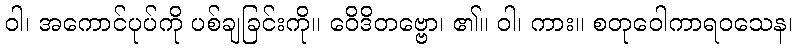
ဝါ၊ အကောင်ပုပ်ကို ပစ်ချခြင်းကို။ ဝေိဒိတဗ္ဗော၊ ၏။ ဝါ၊ ကား။ စတုဝေါကာရဝသေန၊